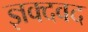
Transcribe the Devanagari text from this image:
ज्ञक्दवद